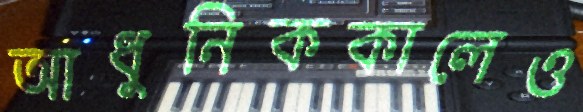
আধুনিককালেও